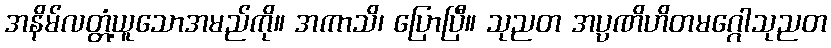
အနိမ်လတ္တံ့ယူသောအမည်ကို။ အကာသိ၊ ပြောပြီ။ သုညတ အပ္ပဏိဟိတမဂ္ဂေါသုညတ